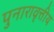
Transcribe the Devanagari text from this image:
पुनारावृत्तीय